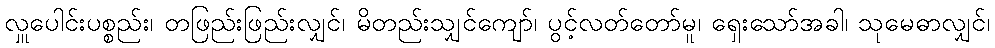
လှူပေါင်းပစ္စည်း၊ တဖြည်းဖြည်းလျှင်၊ မိတည်းသျှင်ကျော်၊ ပွင့်လတ်တော်မူ၊ ရှေးသော်အခါ၊ သုမေဓာလျှင်၊